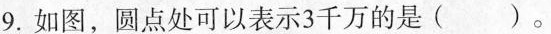
9.如图，圆点处可以表示3千万的是()。